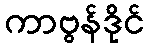
ကာဗွန်ဒိုင်